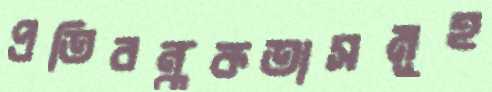
প্রতিবন্ধকতাসমূহ